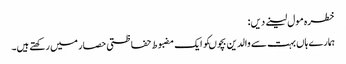
خطرہ مول لینے دیں:
ہمارے ہاں بہت سے والدین بچوںکو ایک مضبوط حفاظتی حصار میں رکھتے ہیں۔